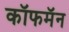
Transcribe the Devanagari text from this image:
कॉफमॅन